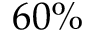
6 0 \%